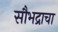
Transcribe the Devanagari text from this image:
सौभद्राचा